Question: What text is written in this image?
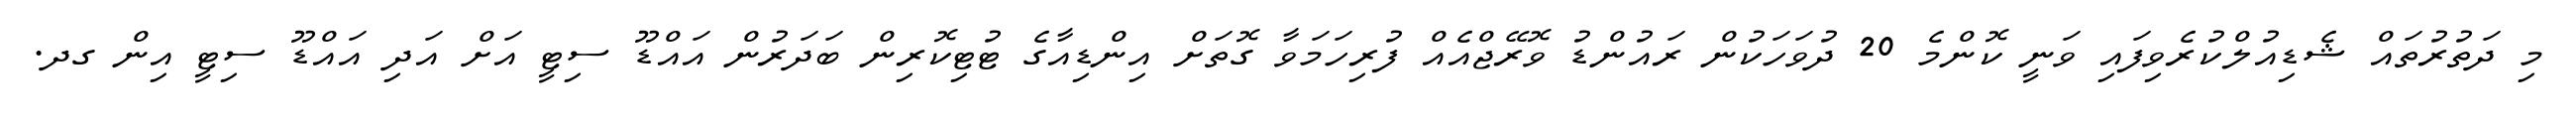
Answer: މި ދަތުރުތައް ޝެޑިއުލްކުރެވިފައި ވަނީ ކޮންމެ 20 ދުވަހަކުން ރައުންޑު ވޮރޭޖްއެއް ފުރިހަމަވާ ގޮތަށް އިންޑިއާގެ ޓުޓިކޮރިން ބަދަރުން އައްޑޫ ސިޓީ އަށް އަދި އައްޑޫ ސިޓީ އިން ގދ.